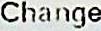
CHANGE